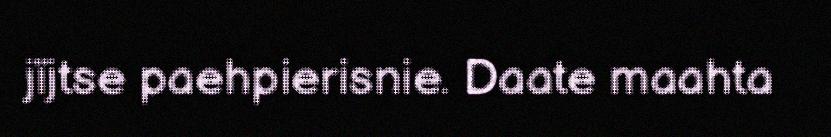
jïjtse paehpierisnie. Daate maahta